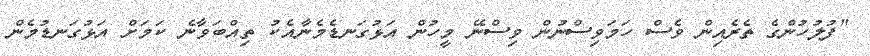
"ފުލުހުންގެ ތެރެއިން ވެސް ހަމަވިސްނުން ވިސްނޭ މީހުން އަޅުގަނޑެމެނާއެކު ތިއްބަވާނެ ކަމަށް އަޅުގަނޑުމެން